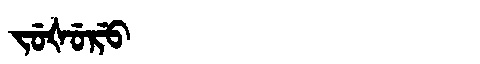
Manchu: ᠵᡠᡧᡠᡵᡠ
Romanization: JUŠURU